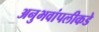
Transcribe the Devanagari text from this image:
अनुभवांपलीकडे